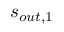
s _ { o u t , 1 }